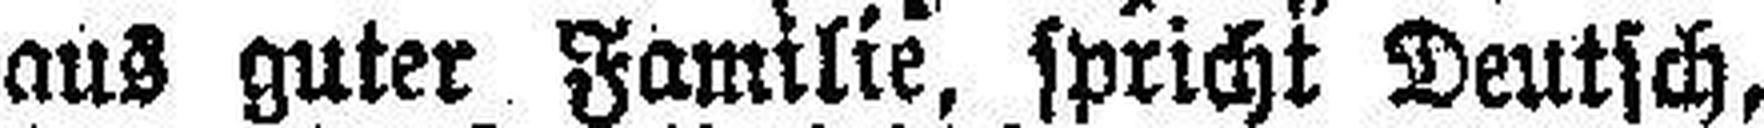
aus guter Familie, spricht Deutsch,